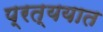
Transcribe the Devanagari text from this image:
प्रत्ययात